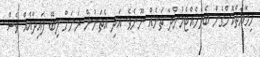
ހިމާޔަތްކޮށްގެން ބެލެހެއްޓެމުންދާ ތަނެއް ނޫނެވެ. އަދި އެތަނުން ރަށަށް ލިބޭ ފައިދާއެއް ވެސް